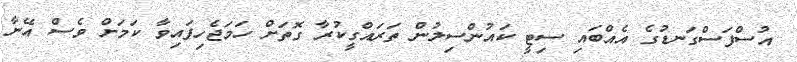
އުސްފަސްގަނޑުގެ އެއްބައި ސިޓީ ކައުންސިލުން ތަރައްގީކުރާ ގޮތަށް ހަމަޖެހިފައިވާ ކަމަށް ވެސް އޭނާ